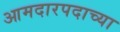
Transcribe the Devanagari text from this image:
आमदारपदाच्या